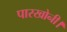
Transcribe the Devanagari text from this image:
पारखोनी।